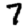
Digit: 7